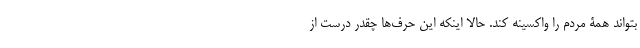
بتواند همۀ مردم را واکسینه کند. حالا اینکه این حرف‌ها چقدر درست از